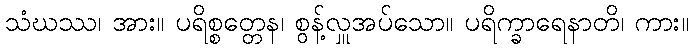
သံဃဿ၊ အား။ ပရိစ္စတ္တေန၊ စွန့်လှူအပ်သော။ ပရိက္ခာရေနာတိ၊ ကား။